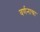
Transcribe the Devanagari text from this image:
वर्णनाचा